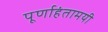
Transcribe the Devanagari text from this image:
पूर्णाहंतामयी